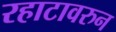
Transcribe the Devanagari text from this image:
रहाटावरुन